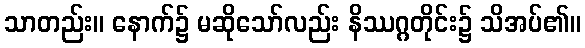
သာတည်း။ နောက်၌ မဆိုသော်လည်း နိဿဂ္ဂတိုင်း၌ သိအပ်၏။